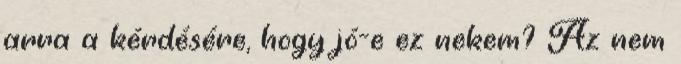
arra a kérdésére, hogy jó-e ez nekem? Az nem